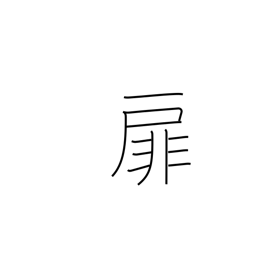
Meaning: front page